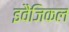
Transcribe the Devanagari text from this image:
इवैंजिकल